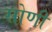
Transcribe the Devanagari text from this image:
सोणी